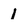
Character: 1